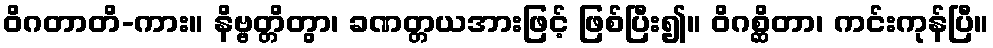
ဝိဂတာတိ-ကား။ နိဗ္ဗတ္တိတွာ၊ ခဏတ္တယအားဖြင့် ဖြစ်ပြီး၍။ ဝိဂစ္ဆိတာ၊ ကင်းကုန်ပြီ။